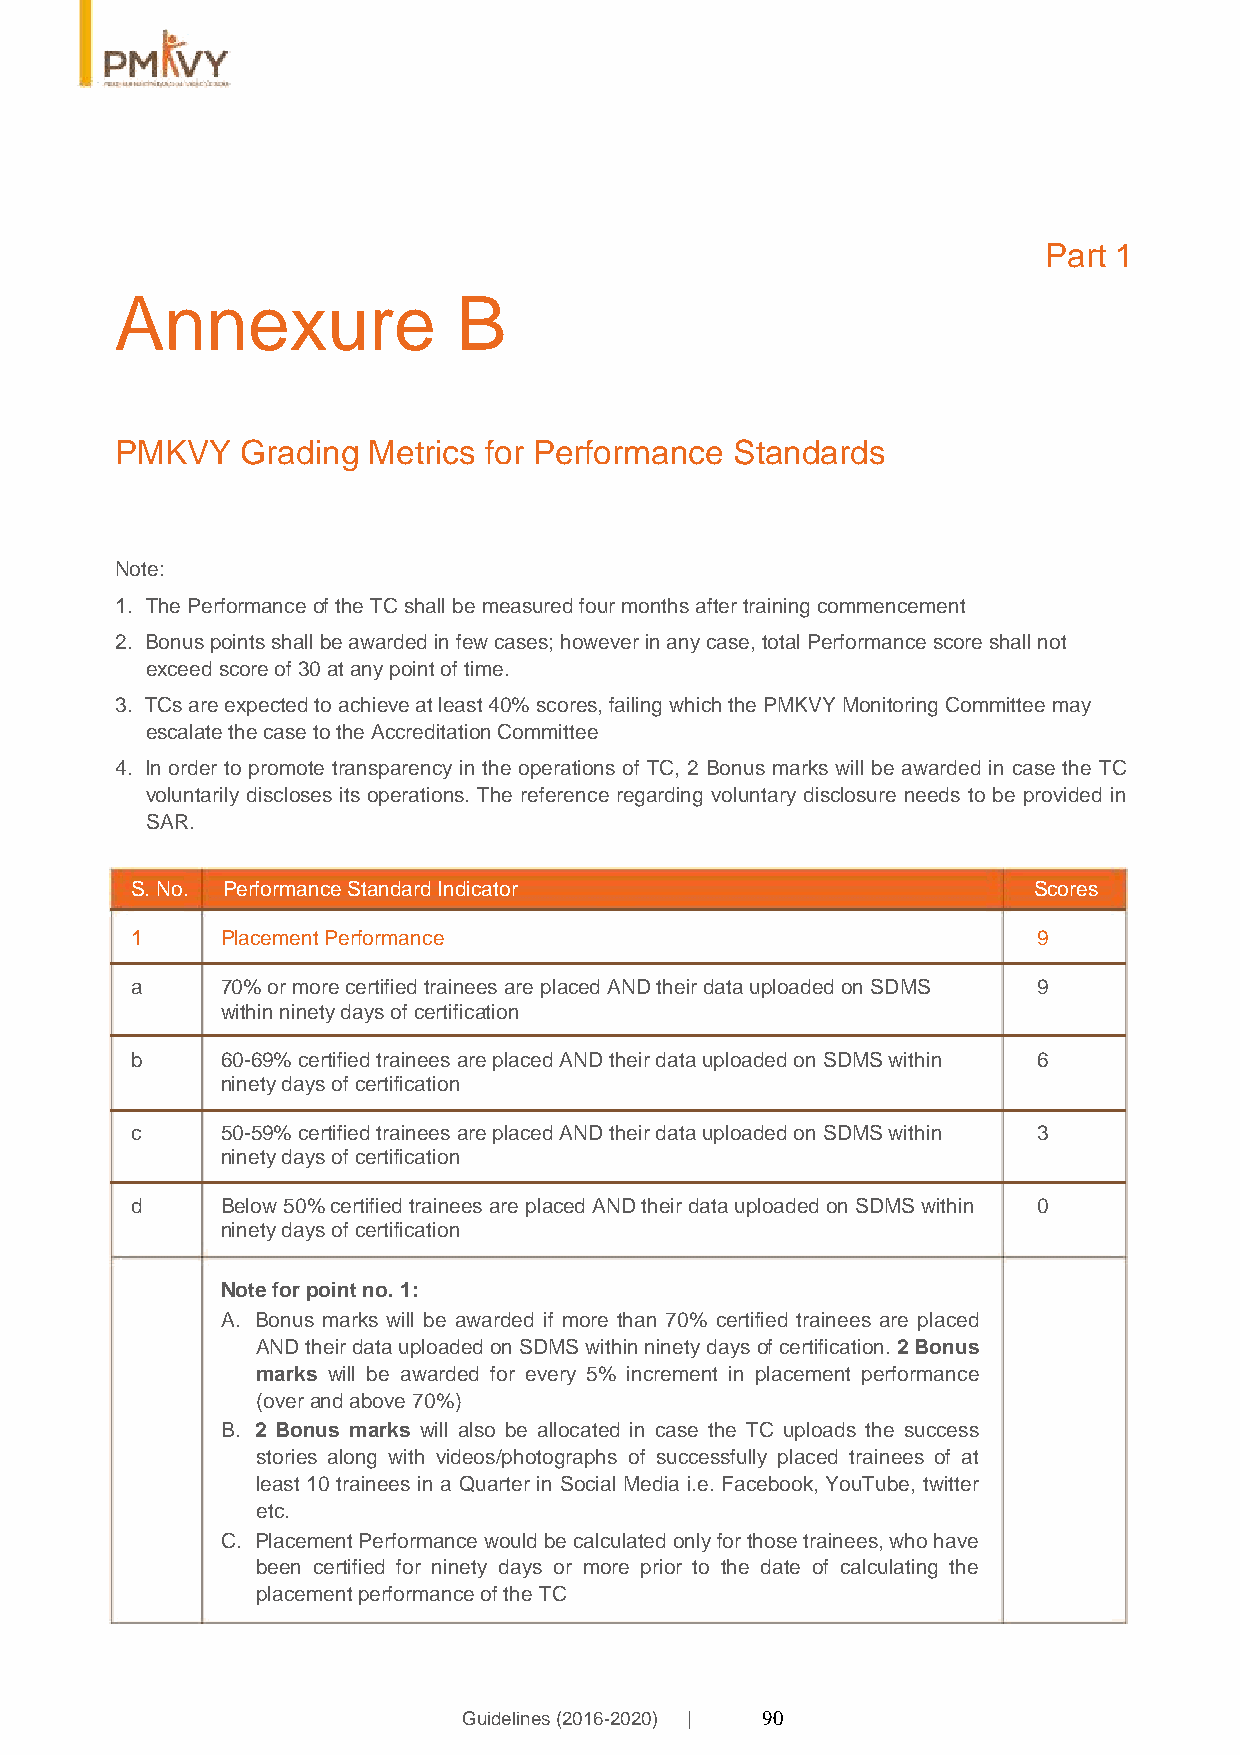
Part 1
 Annexure              B
 PMKVY   Grading Metrics for Performance  Standards
 Note:
 1. The Performance of the TC shall be measured four months after training commencement
 2. Bonus points shall be awarded in few cases; however in any case, total Performance score shall not
 exceed score of 30 at any point of time.
 3. TCs are expected to achieve at least 40% scores, failing which the PMKVY Monitoring Committee may
 escalate the case to the Accreditation Committee
 4. In order to promote transparency in the operations of TC, 2 Bonus marks will be awarded in case the TC
 voluntarily discloses its operations. The reference regarding voluntary disclosure needs to be provided in
 SAR.
 S. No. Performance Standard Indicator                      Scores
 1     Placement Performance                                 9
 a     70% or more certified trainees are placed AND their data uploaded on SDMS 9
 within ninety days of certification
 b     60-69% certified trainees are placed AND their data uploaded on SDMS within 6
 ninety days of certification
 c     50-59% certified trainees are placed AND their data uploaded on SDMS within 3
 ninety days of certification
 d     Below 50% certified trainees are placed AND their data uploaded on SDMS within 0
 ninety days of certification
 Note for point no. 1:
 A. Bonus marks will be awarded if more than 70% certified trainees are placed
 AND their data uploaded on SDMS within ninety days of certification. 2 Bonus
 marks will be awarded for every 5% increment in placement performance
 (over and above 70%)
 B. 2 Bonus marks will also be allocated in case the TC uploads the success
 stories along with videos/photographs of successfully placed trainees of at
 least 10 trainees in a Quarter in Social Media i.e. Facebook, YouTube, twitter
 etc.
 C. Placement Performance would be calculated only for those trainees, who have
 been certified for ninety days or more prior to the date of calculating the
 placement performance of the TC
 Guidelines (2016-2020) | 90